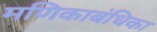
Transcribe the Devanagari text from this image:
मणिकाबंधिका